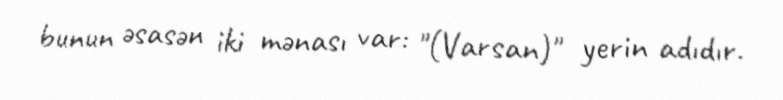
bunun əsasən iki mənası var: "(Varsan)" yerin adıdır.